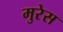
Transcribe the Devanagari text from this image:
मुरेस